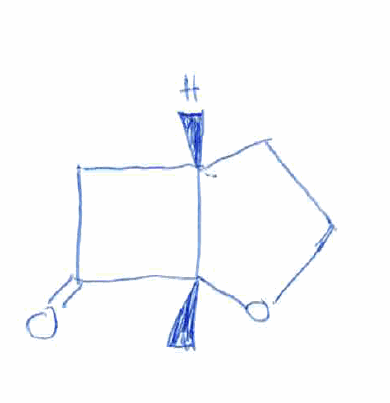
Simplified molecular-input line-entry system (SMILES) notation of the given molecule:
C[C@@]12[C@@H](CCO1)CC2=O